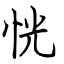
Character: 恍